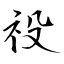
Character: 祋